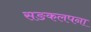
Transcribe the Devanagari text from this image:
सङकलपना